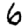
Digit: 6